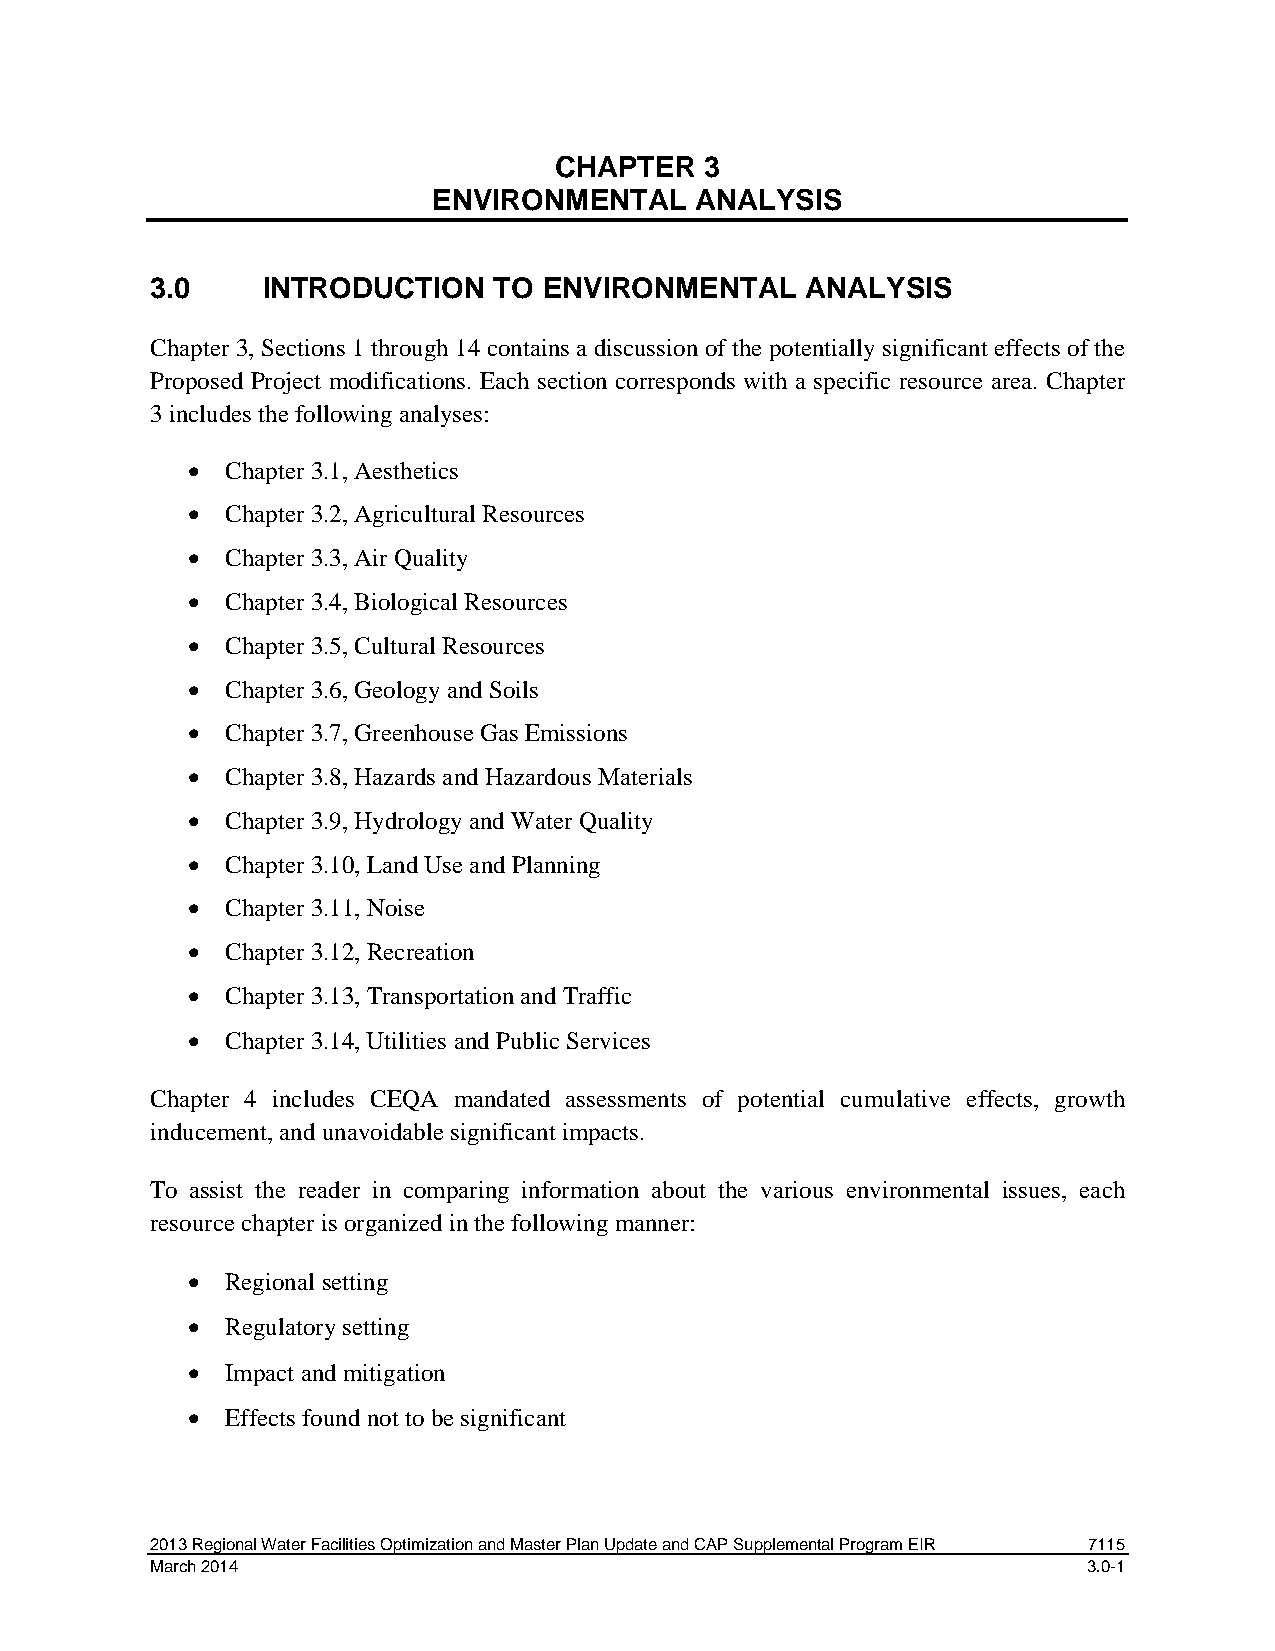
CHAPTER   3
 ENVIRONMENTAL    ANALYSIS
 3.0    INTRODUCTION    TO ENVIRONMENTAL    ANALYSIS
 Chapter 3, Sections 1 through 14 contains a discussion of the potentially significant effects of the
 Proposed Project modifications. Each section corresponds with a specific resource area. Chapter
 3 includes the following analyses:
 •  Chapter 3.1, Aesthetics
 •  Chapter 3.2, Agricultural Resources
 •  Chapter 3.3, Air Quality
 •  Chapter 3.4, Biological Resources
 •  Chapter 3.5, Cultural Resources
 •  Chapter 3.6, Geology and Soils
 •  Chapter 3.7, Greenhouse Gas Emissions
 •  Chapter 3.8, Hazards and Hazardous Materials
 •  Chapter 3.9, Hydrology and Water Quality
 •  Chapter 3.10, Land Use and Planning
 •  Chapter 3.11, Noise
 •  Chapter 3.12, Recreation
 •  Chapter 3.13, Transportation and Traffic
 •  Chapter 3.14, Utilities and Public Services
 Chapter 4 includes CEQA mandated assessments of potential cumulative effects, growth
 inducement, and unavoidable significant impacts.
 To assist the reader in comparing information about the various environmental issues, each
 resource chapter is organized in the following manner:
 •  Regional setting
 •  Regulatory setting
 •  Impact and mitigation
 •  Effects found not to be significant
 2013 Regional Water Facilities Optimization and Master Plan Update and CAP Supplemental Program EIR 7115
 March 2014                                                    3.0-1